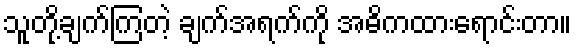
သူတို့ချက်ကြတဲ့ ချက်အရက်ကို အဓိကထားရောင်းတာ။